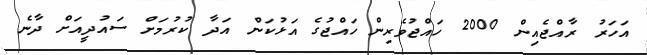
އަހަރު ރާއްޖެއިން 2000 ހައްޖުވެރިން ހައްޖުގެ އަޅުކަން އަދާ ކުރުމަށް ސައުދީއަށް ދާނެ